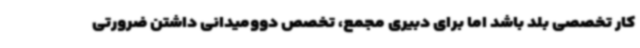
کار تخصصی بلد باشد اما برای دبیری مجمع، تخصص دوومیدانی داشتن ضرورتی